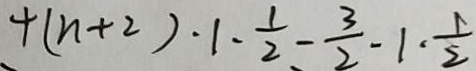
+ ( n + 2 ) \cdot 1 - \frac { 1 } { 2 } - \frac { 3 } { 2 } - 1 \cdot \frac { 1 } { 2 }